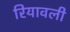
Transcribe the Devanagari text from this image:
रियावली